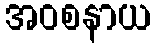
အဝစနာယ